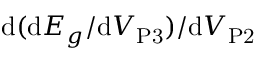
\mathrm { d } ( \mathrm { d } E _ { g } / \mathrm { d } V _ { \mathrm { P 3 } } ) / \mathrm { d } V _ { \mathrm { P 2 } }